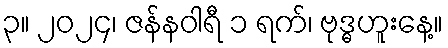
၃။ ၂၀၂၄၊ ဇန်နဝါရီ ၁ ရက်၊ ဗုဒ္ဓဟူးနေ့။